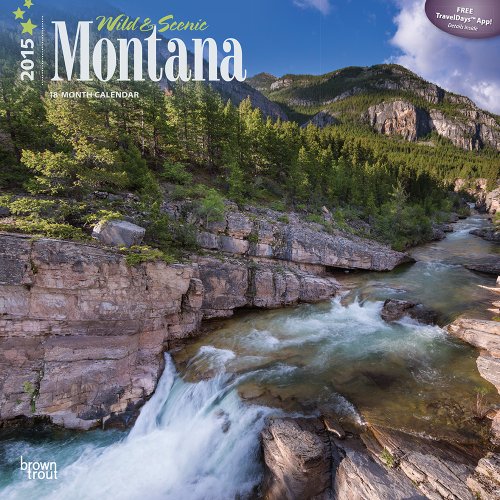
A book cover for Montana, Wild & Scenic 2015 Square 12x12 (Multilingual Edition); BrownTrout; Calendars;